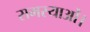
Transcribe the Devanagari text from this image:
समस्याओं।